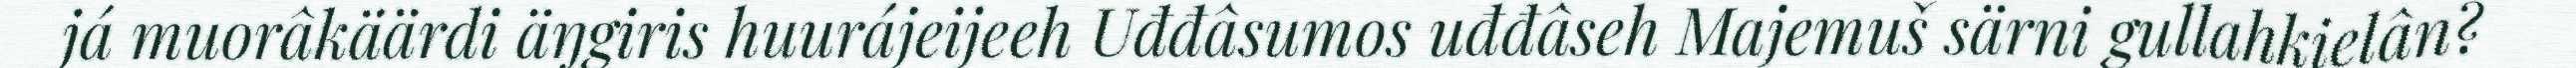
já muorâkäärdi äŋgiris huurájeijeeh Uđđâsumos uđđâseh Majemuš särni gullahkielân?